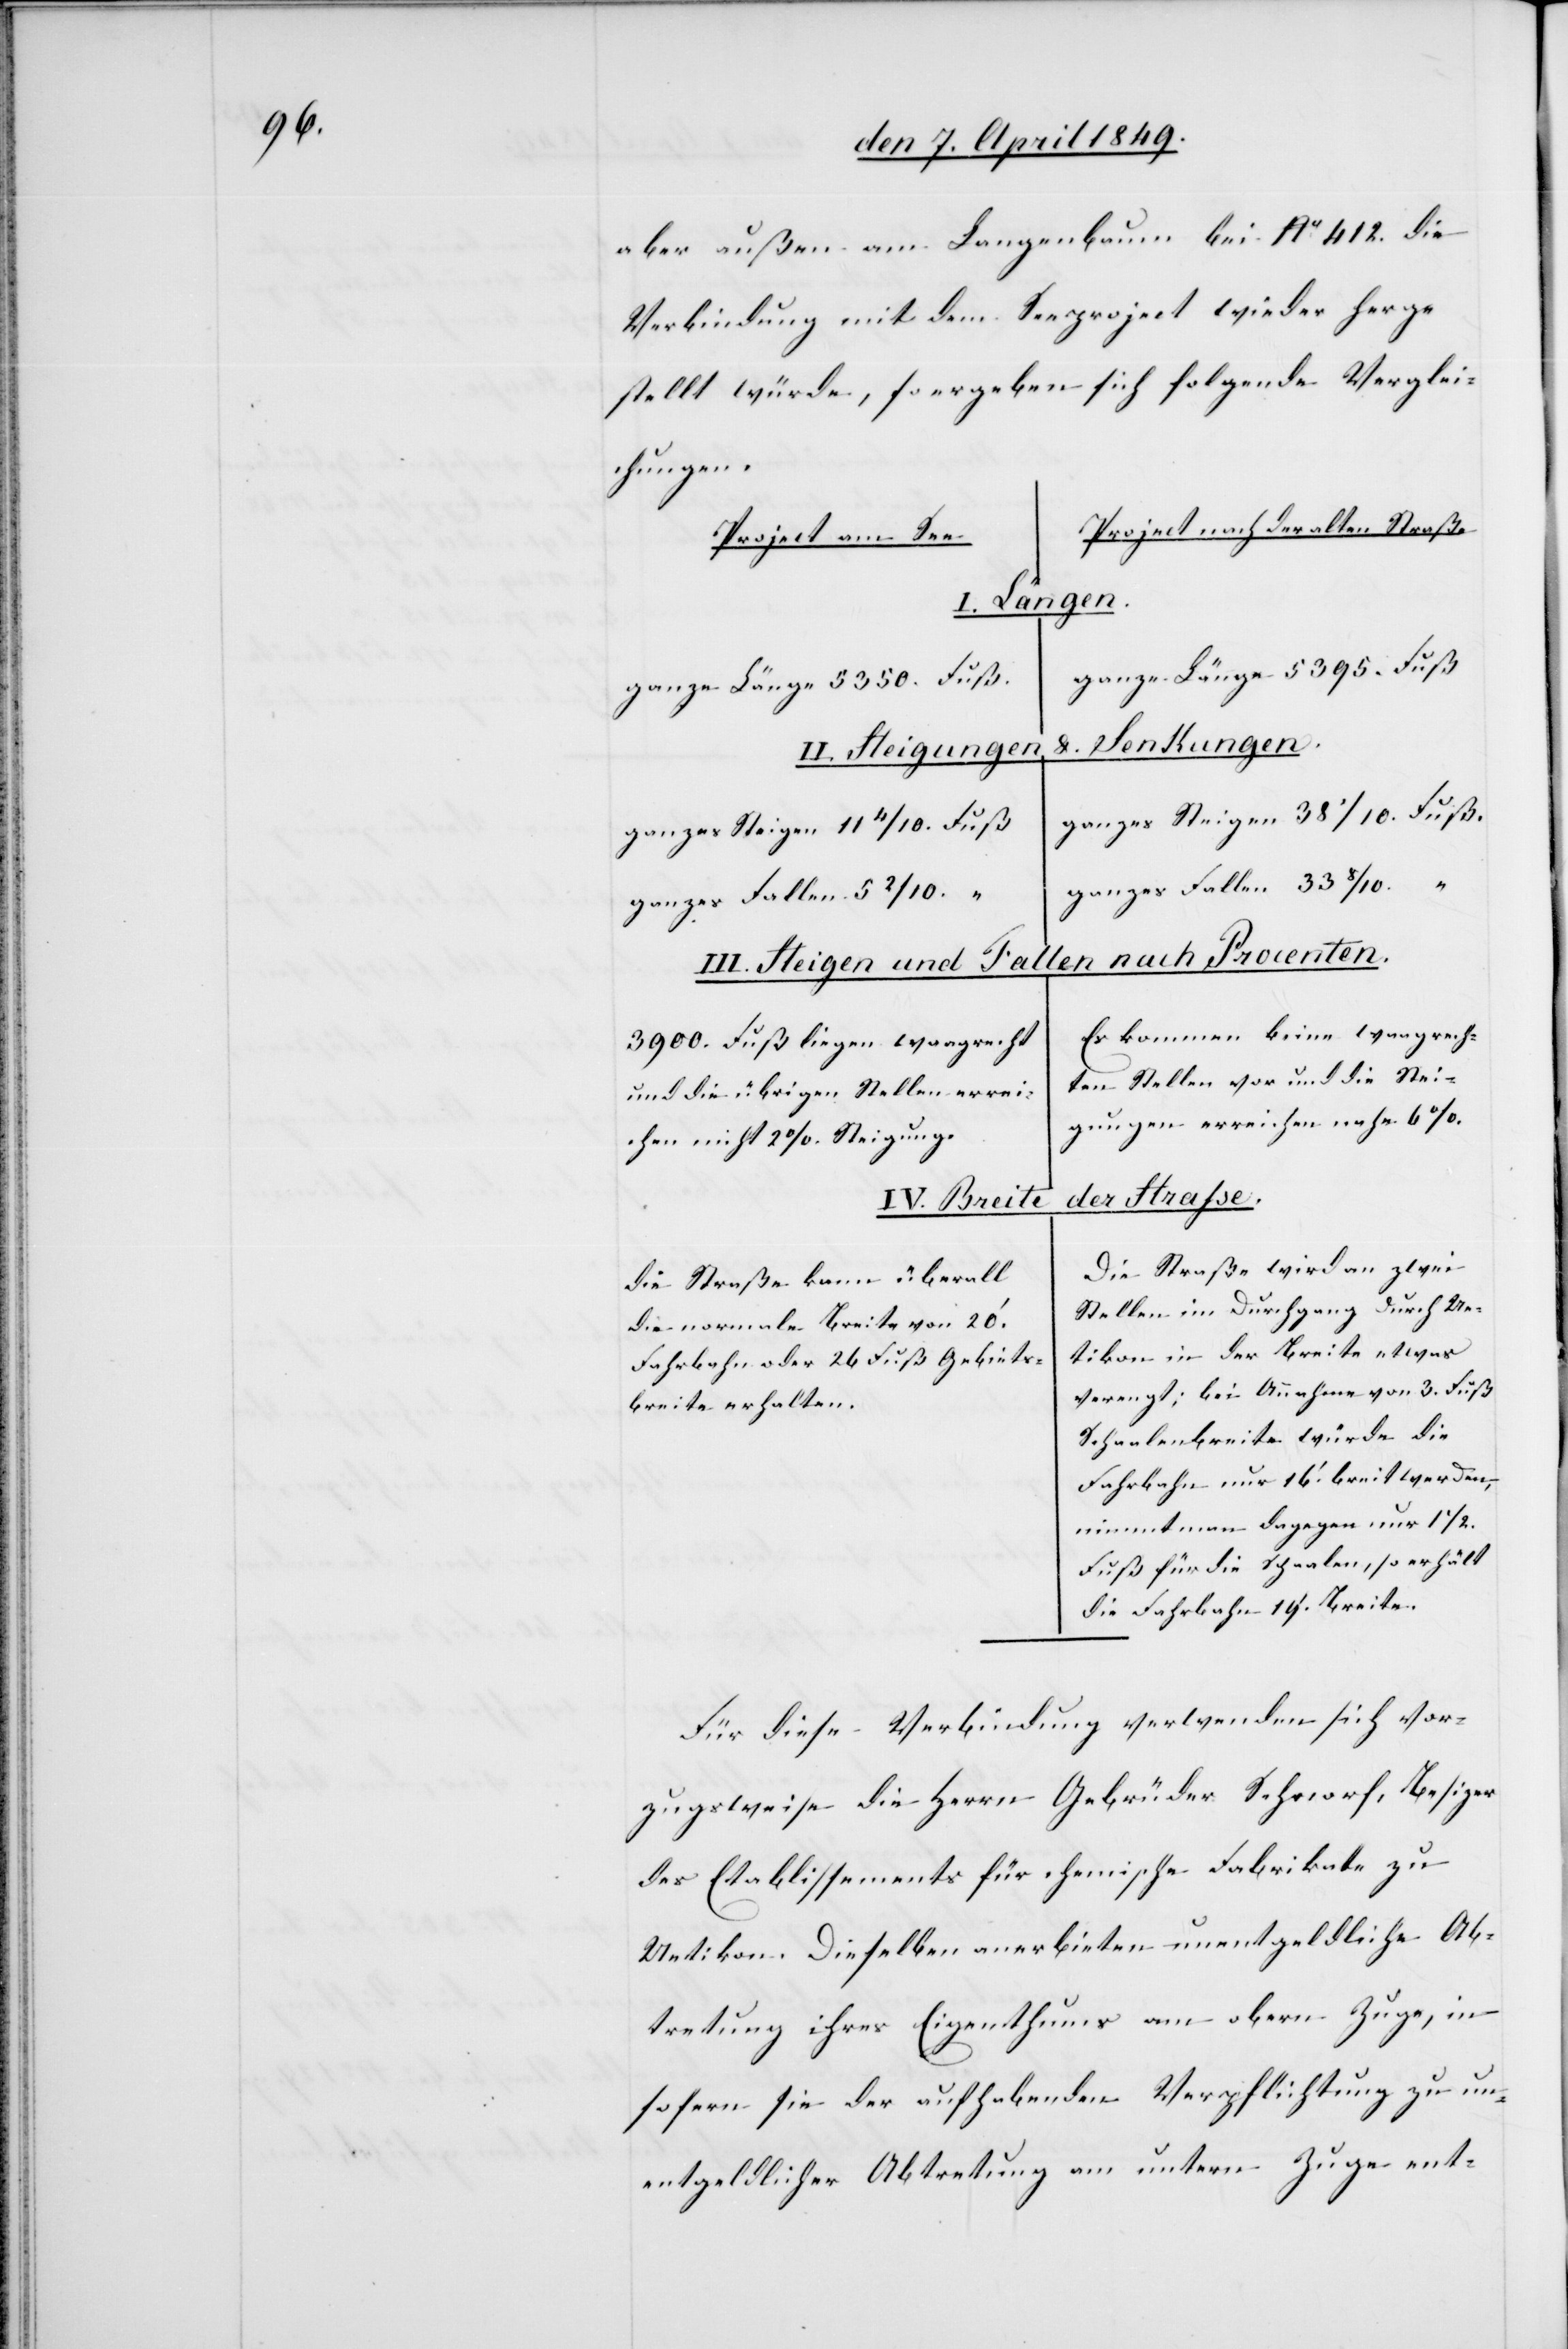
aber außen am Langenbaum bei No 412. die
Verbindung mit dem Seeproject wieder herge¬
stellt würde, so ergeben sich folgende Verglei¬
chungen.
Project nach der alten Straße.
Project am See.
von
3. Fuß
ganze Länge 5395. Fuß
ganze Länge 5350. Fuß.
Lenkungen.
II. Steigungen
ganzes Steigen 38 1/10. Fuß
ganzes Steigen 11 4/10. Fuß
ganzes Fallen 33 8/10. “
III. Steigen und Fallen nach Procenten.
Es kommen keine waagrech¬
3900. Fuß liegen waagrecht
ten Stellen vor und die Stei¬
und die übrigen Stellen errei¬
gungen erreichen nahe 6 %.
chen nicht 2 % Steigung.
der Strasse.
IV. Breite
Die Straße wird an zwei
Die Straße kann überall
Stellen im Durchgang durch Ue¬
die normale Breite von 20‘.
tikon in der Breite etwas
Fahrbahn 26. Fuß Gebiets¬
breite erhalten.
Schaalenbreite würde die
Fahrbahn nur 16‘ breit werden,
nimmt man dagegen nur 11 /2.
Fuß für die Schaalen, so erhält
die Fahrbahn 19‘ Breite.
Für diese Verbindung verwenden sich vor¬
zugsweise die Herrn Gebrüder Schnorf, Besitzer
des Etablissements für chemische Fabrikate zu
Uetikon. Dieselben anerbieten unentgeldlich Ab¬
tretung ihres Eigenthums am obern Zuge, in¬
sofern sie der aufhabenden Verpflichtung zu un¬
entgeldlicher Abtretung am untern Zuge ent-